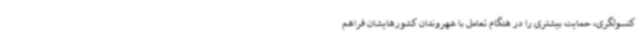
کنسولگری، حمایت بیشتری را در هنگام تعامل با شهروندان کشورهایشان فراهم